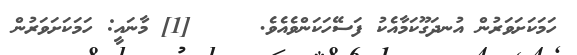
ހަމަކަށަވަރުން އުނދަގޫކަމާއެކު ފަސޭހަކަންވެއެވެ.     [1] މާނައީ: ހަމަކަށަވަރުން